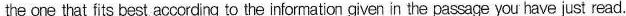
the cre that fita best acccrding to the iniormation given in the passage ycu have just read.